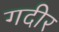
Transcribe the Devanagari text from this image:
गदीर